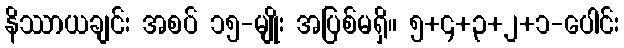
နိဿာယချင်း အစပ် ၁၅-မျိုး အပြစ်မရှိ။ ၅+၄+၃+၂+၁-ပေါင်း